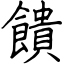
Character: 饋